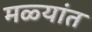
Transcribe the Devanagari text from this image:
मळ्यांत